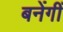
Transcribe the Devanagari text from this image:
बनेंगीं